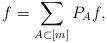
LaTeX: \begin{align*} f = \sum_{A \subset [m]} P_A f,\end{align*}